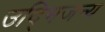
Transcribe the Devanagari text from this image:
उद्भिजन्य